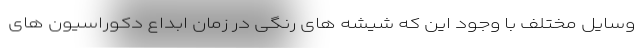
وسایل مختلف با وجود این که شیشه های رنگی در زمان ابداع دکوراسیون های